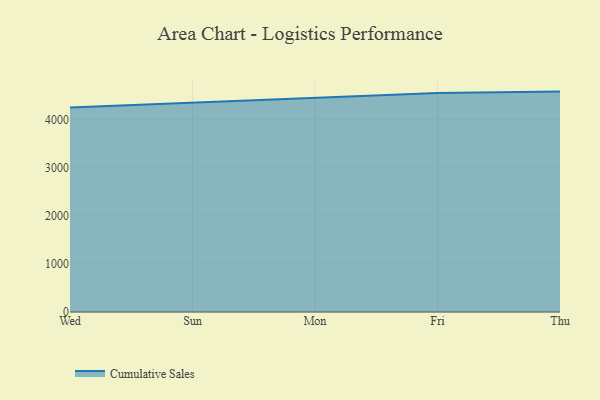
{"axis": {"x": "Day", "y": "Backlog"}, "legend": ["Cumulative Sales"], "data": [{"x": "Wed", "y": 4260.1, "type": "Cumulative Sales"}, {"x": "Sun", "y": 4363.3, "type": "Cumulative Sales"}, {"x": "Mon", "y": 4471.6, "type": "Cumulative Sales"}, {"x": "Fri", "y": 4560.2, "type": "Cumulative Sales"}, {"x": "Thu", "y": 4589.3, "type": "Cumulative Sales"}]}